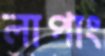
লাপাং